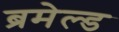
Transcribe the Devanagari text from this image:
ब्रमेल्ड